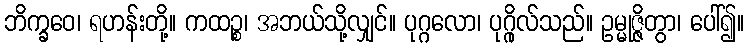
ဘိက္ခဝေ၊ ရဟန်းတို့။ ကထဉ္စ၊ အဘယ်သို့လျှင်။ ပုဂ္ဂလော၊ ပုဂ္ဂိုလ်သည်။ ဥမ္မုဇ္ဇိတွာ၊ ပေါ်၍။